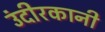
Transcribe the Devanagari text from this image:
उंदीरकानी